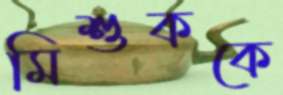
মিশুককে